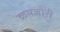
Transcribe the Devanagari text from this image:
कमजो़री